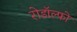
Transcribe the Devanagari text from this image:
रोडॉल्फो